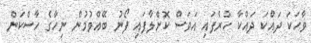
ވާހަކަ ދައްކަ ދައްކާ ހުރެފައި އަވަސް ކޮށްލާފައި ފޯނު ބޭއްވުމުން ނިހާގެ ހާސްކަން